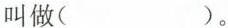
叫做( )。